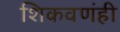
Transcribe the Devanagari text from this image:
शिकवणंही